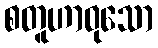
စတူဟာဝုသော